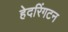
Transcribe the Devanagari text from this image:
हेदरिंगटन